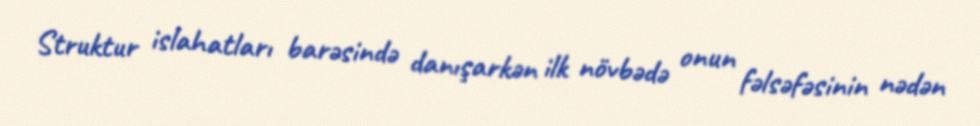
Struktur islahatları barəsində danışarkən ilk növbədə onun fəlsəfəsinin nədən